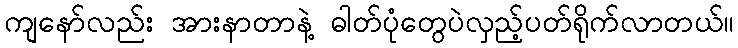
ကျနော်လည်း အားနာတာနဲ့ ဓါတ်ပုံတွေပဲလှည့်ပတ်ရိုက်လာတယ်။